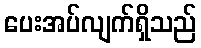
ပေးအပ်လျက်ရှိသည်